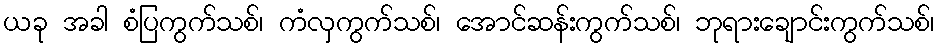
ယခု အခါ စံပြကွက်သစ်၊ ကံလှကွက်သစ်၊ အောင်ဆန်းကွက်သစ်၊ ဘုရားချောင်းကွက်သစ်၊